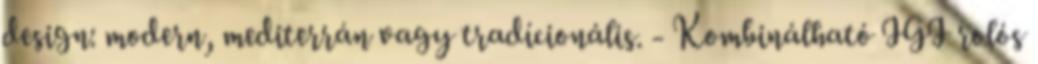
design: modern, mediterrán vagy tradícionális. - Kombinálható IGI rolós